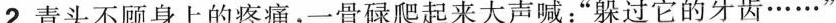
2.青头不顾身上的疼痛，一骨碌爬起来大声喊：“躲过它的牙齿······”